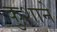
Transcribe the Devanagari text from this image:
कुशाने